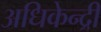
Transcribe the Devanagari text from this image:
अधिकेन्द्री